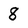
Character: 8